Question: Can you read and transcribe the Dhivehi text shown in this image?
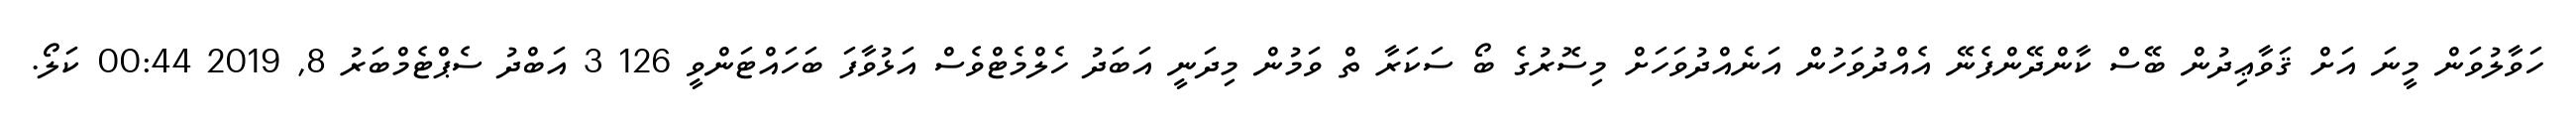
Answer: ހަވާލުވަން މީނަ އަށް ޤަވާޢިދުން ބޭސް ކާންދޭންފެނޭ އެއްދުވަހުން އަނެއްދުވަހަށް މިސޮރުގެ ބޯ ސަކަރާ ތް ވަމުން މިދަނީ އަބަދު ހެލްމެޓްވެސް އަޅުވާފަ ބަހައްޓަންވީ 126 3 އަބްދު ސެޕްޓެމްބަރު 8, 2019 00:44 ކަލޯ.